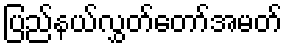
ပြည်နယ်လွှတ်တော်အမတ်